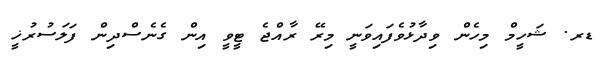
ޑރ. ޝަހީމް މިހެން ވިދާޅުވެފައިވަނީ މިރޭ ރާއްޖެ ޓީވީ އިން ގެނެސްދިން ފަލަސުރުޚީ